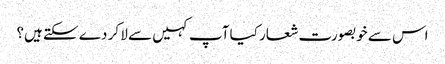
اس سے خوبصورت شعار کیا آپ کہیں سے لا کر دے سکتے ہیں؟